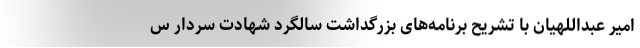
امیر عبداللهیان با تشریح برنامه‌های بزرگداشت سالگرد شهادت سردار س